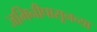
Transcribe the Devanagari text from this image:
जमिनीपासूनच्या